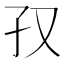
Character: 𫲡